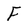
Character: F